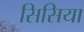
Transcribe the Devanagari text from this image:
सिसिया